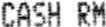
CASH RM